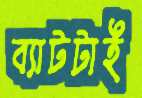
ব্যাটটাই